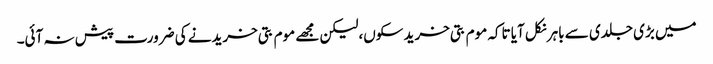
میں بڑی جلدی سے باہر نکل آیا تاکہ موم بتی خرید سکوں،لیکن مجھے موم بتی خریدنے کی ضرورت پیش نہ آئی۔